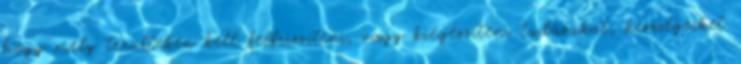
hogy mely terülteken kell felfrissíteni, vagy kiegészíteni tudásukat, készségeiket